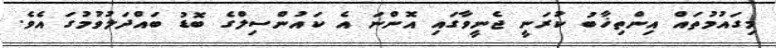
މިގައުމުތައް އިންތިޚާބު ކުރަނީ ޖެނީވާގައި އޮންނަ އެ ކައުންސިލްގެ ބޮޑު ބައްދަލުވުމުގަ އެވެ.